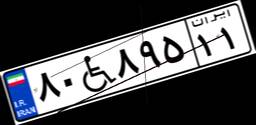
۸۰W۸۹۵۱۱